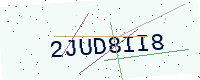
Text: 2JUD8II8